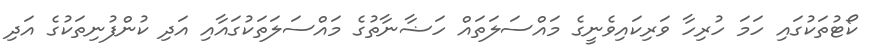
ކޯޓުތަކުގައި ހަމަ ހުރިހާ ވަރިކައިވެނީގެ މައްސަލަތައް ހަޟާނާތުގެ މައްސަލަތަކުގައާއި އަދި ކުންފުނިތަކުގެ އަދި